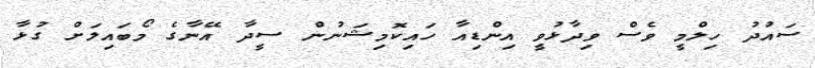
ސައުދު ހިލްމީ ވެސް ވިދާޅުވީ އިންޑިއާ ހައިކޮމިޝަނުން ސީދާ އޭނާގެ މޯބައިލަށް ގުޅާ